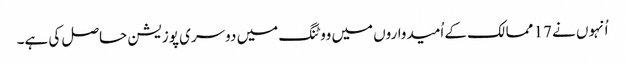
اُنہوں نے 17 ممالک کے اُمیدواروں میں ووٹنگ میں دوسری پوزیشن حاصل کی ہے۔